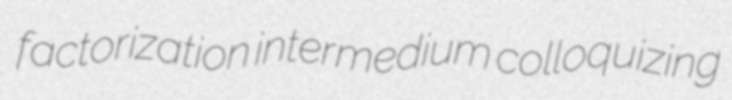
factorization intermedium colloquizing